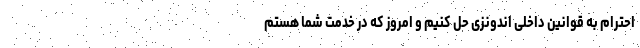
احترام به قوانین داخلی اندونزی حل کنیم و امروز که در خدمت شما هستم